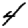
Digit: 4